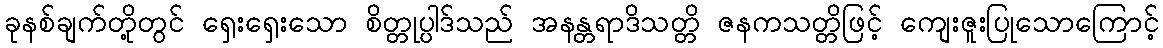
ခုနစ်ချက်တို့တွင် ရှေးရှေးသော စိတ္တုပ္ပါဒ်သည် အနန္တရာဒိသတ္တိ ဇနကသတ္တိဖြင့် ကျေးဇူးပြုသောကြောင့်